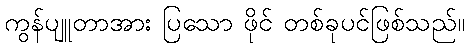
ကွန်ပျူတာအား ပြသော ဖိုင် တစ်ခုပင်ဖြစ်သည်။